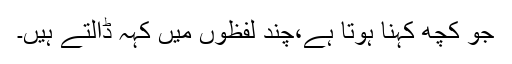
جو کچھ کہنا ہوتا ہے،چند لفظوں میں کہہ ڈالتے ہیں۔